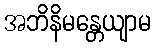
အဘိနိမန္တေယျာမ